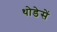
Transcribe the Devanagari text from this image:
थोडेसें